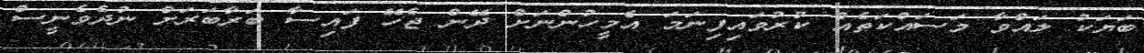
ބަޔަކު ލައްވާ މަސައްކަތެއް ކުރުވައިފިނަމަ އެމީހުންނަށް ދޭން ޖެހޭ ފައިސާ ބަރާބަރަށް ނުދެވެނީސް